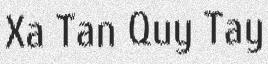
Xa Tan Quy Tay